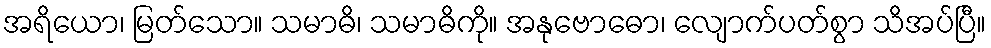
အရိယော၊ မြတ်သော။ သမာဓိ၊ သမာဓိကို။ အနုဗောဓော၊ လျောက်ပတ်စွာ သိအပ်ပြီ။